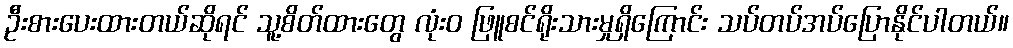
ဦးစားပေးထားတယ်ဆိုရင် သူ့စိတ်ထားတွေ လုံးဝ ဖြူစင်ရိုးသားမှုရှိကြောင်း သပ်တပ်အပ်ပြောနိုင်ပါတယ်။